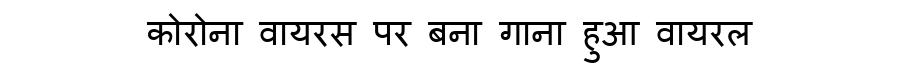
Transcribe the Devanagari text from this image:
कोरोना वायरस पर बना गाना हुआ वायरल